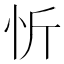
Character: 忻